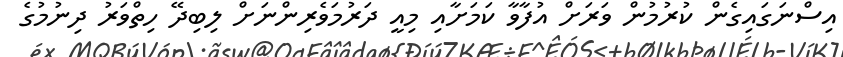
އިސްނަގައިގެން ކުރުމުން ވަރަށް އުފާވާ ކަމަށާއި މިއީ ދަރުމަވެރިންނަށް ލިބިދޭ ހިތްވަރު ދިނުމުގެ